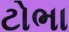
ટોભા